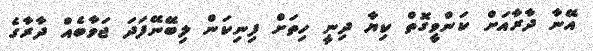
އޭނާ ދާރާއަށް ކަންވީގޮތް ކިޔާ ދިނީ ހިތަށް ފިނިކަން ލިބޭނޭފަދަ ޖަވާބެއް ދާރާގެ